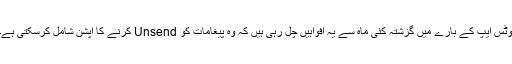
وٹس ایپ کے بارے میں گزشتہ کئی ماہ سے یہ افواہیں چل رہی ہیں کہ وہ پیغامات کو Unsend کرنے کا آپشن شامل کرسکتی ہے۔